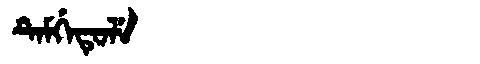
Manchu: ᡨᡝᠮᡤᡝᡨᡠᠯᡝ
Romanization: TEMGETULE